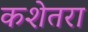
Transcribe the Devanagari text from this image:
कशेतरा